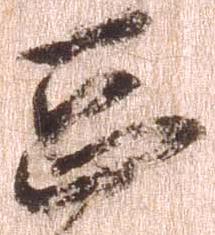
怠